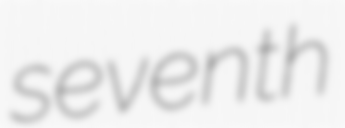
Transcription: seventh